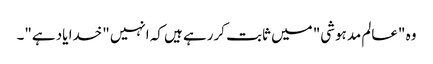
وہ "عالم مدہوشی" میں ثابت کررہے ہیں کہ انہیں "خدا یاد ہے"۔